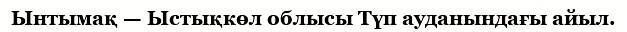
Ынтымақ — Ыстықкөл облысы Түп ауданындағы айыл.